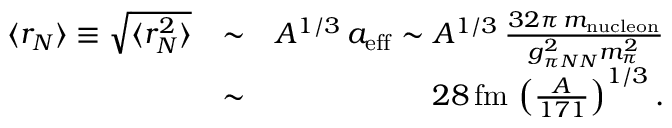
\begin{array} { r l r } { \langle r _ { N } \rangle \equiv \sqrt { \langle r _ { N } ^ { 2 } \rangle } } & { \sim } & { A ^ { 1 / 3 } \, a _ { \mathrm { e f f } } \sim A ^ { 1 / 3 } \, \frac { 3 2 \pi \, m _ { \mathrm { n u c l e o n } } } { g _ { \pi N N } ^ { 2 } m _ { \pi } ^ { 2 } } } \\ & { \sim } & { 2 8 \, \mathrm { f m } \, \left( \frac { A } { 1 7 1 } \right) ^ { 1 / 3 } . } \end{array}